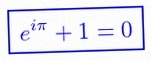
e^{i\pi}+1=0